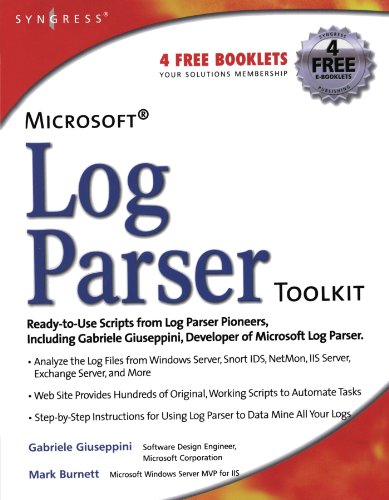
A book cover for Microsoft Log Parser Toolkit: A complete toolkit for Microsoft's undocumented log analysis tool; Gabriele Giuseppini; Computers & Technology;